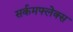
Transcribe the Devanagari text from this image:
सर्कमफ्लेक्स